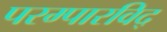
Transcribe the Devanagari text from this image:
परम्पारविद्